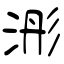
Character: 浵